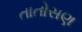
તાતોસણ